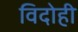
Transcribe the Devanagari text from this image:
विदोही